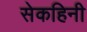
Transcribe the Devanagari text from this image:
सेकहिनी